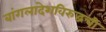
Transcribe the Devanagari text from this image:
बांगलादेशविरुद्धची